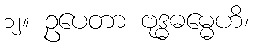
၁၂။ ဥပေတာ ဗုဒ္ဓဓမ္မေဟိ၊